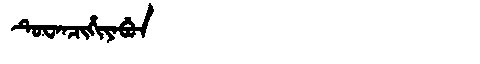
Manchu: ᡨᡠᠸᠠᠨᠴᡳᡥᡳᠶᠠᠪᡠᠨ
Romanization: TUWANCIHIYABUN